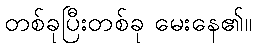
တစ်ခုပြီးတစ်ခု မေးနေ၏။